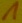
Text: 1